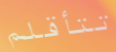
تتأقلم